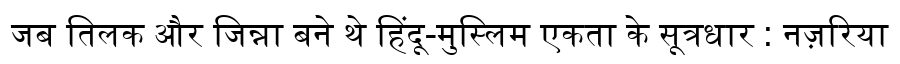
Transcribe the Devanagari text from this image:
जब तिलक और जिन्ना बने थे हिंदू-मुस्लिम एकता के सूत्रधार : नज़रिया